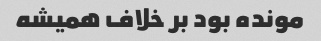
مونده بود بر خلاف همیشه